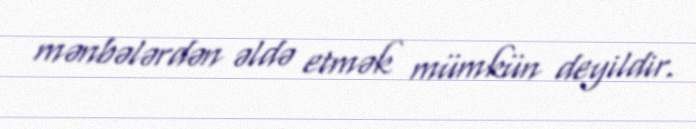
mənbələrdən əldə etmək mümkün deyildir.